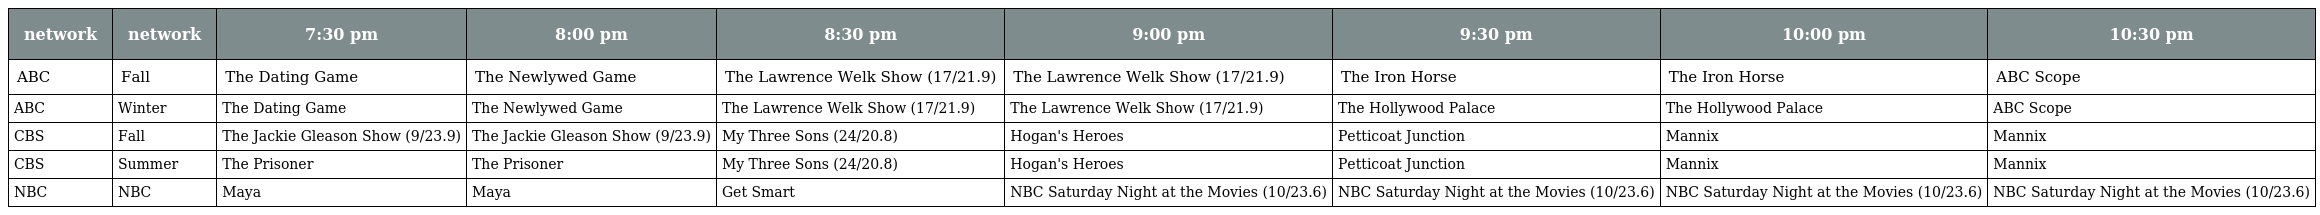
| network | network | 7:30 pm | 8:00 pm | 8:30 pm | 9:00 pm | 9:30 pm | 10:00 pm | 10:30 pm |
 | --- | --- | --- | --- | --- | --- | --- | --- | --- |
 | ABC | Fall | The Dating Game | The Newlywed Game | The Lawrence Welk Show (17/21.9) | The Lawrence Welk Show (17/21.9) | The Iron Horse | The Iron Horse | ABC Scope |
 | ABC | Winter | The Dating Game | The Newlywed Game | The Lawrence Welk Show (17/21.9) | The Lawrence Welk Show (17/21.9) | The Hollywood Palace | The Hollywood Palace | ABC Scope |
 | CBS | Fall | The Jackie Gleason Show (9/23.9) | The Jackie Gleason Show (9/23.9) | My Three Sons (24/20.8) | Hogan's Heroes | Petticoat Junction | Mannix | Mannix |
 | CBS | Summer | The Prisoner | The Prisoner | My Three Sons (24/20.8) | Hogan's Heroes | Petticoat Junction | Mannix | Mannix |
 | NBC | NBC | Maya | Maya | Get Smart | NBC Saturday Night at the Movies (10/23.6) | NBC Saturday Night at the Movies (10/23.6) | NBC Saturday Night at the Movies (10/23.6) | NBC Saturday Night at the Movies (10/23.6) |